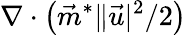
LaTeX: \nabla\cdot\left(\vec{m}^{*}\| \vec{u}|^{2}/{2}\right)